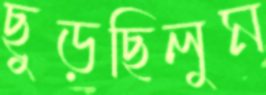
ছুড়ছিলুম